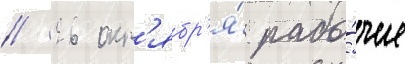
// 26 окт'ябр'я́ рабо́чие